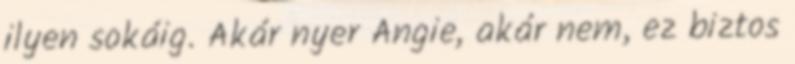
ilyen sokáig. Akár nyer Angie, akár nem, ez biztos